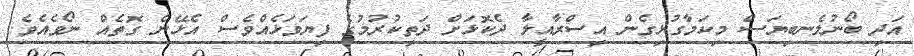
އަދި ބޯނުލެނބިޔަސް މިކަމާގުޅިގެން އިސްރާއީލާ ދެކޮޅަށް ދަތިކުރުމުގެ ފިޔަވަޅެއްވެސް އެޅޭނެ ގޮތެއް ނޯވެއެވެ.